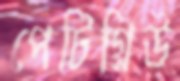
পেটিগ্রিউ